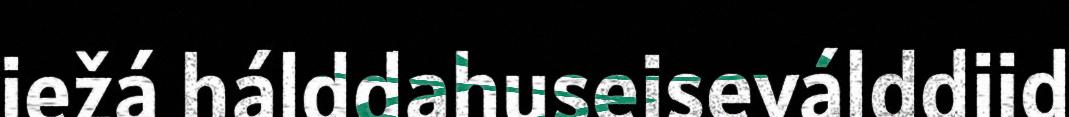
iežá hálddahuseiseválddiid